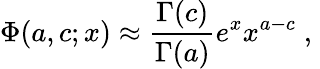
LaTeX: \Phi(a,c;x)\approx{\frac{{\Gamma(c)}}{\Gamma(a)}}e^{x}x^{a-c}\; ,\;